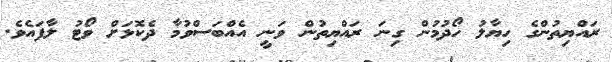
ރައްޔިތުންގެ ހިޔާލު ހޯދުމުން ގިނަ ރައްޔިތުން ވަނީ އެއްބަސްވުމާ ދެކޮޅަށް ވޯޓު ލާފައެވެ.